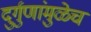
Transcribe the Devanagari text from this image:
दुर्गुणांमुळेच